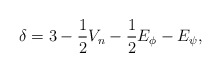
\begin{align*}\delta =3-\frac{1}{2}V_{n}-\frac{1}{2}E_{\phi }-E_{\psi }, \end{align*}